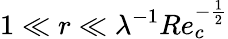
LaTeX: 1\ll r\ll\lambda^{-1}Re_{c}^{-\frac{1}{2}}